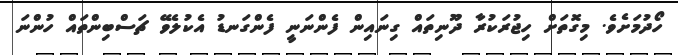
ހޯދުމަށެވެ. މިގޮތަށް ހިޖުރަކުރާ ދޫނިތައް ގިނައިން ފެންނަނީ ފެންގަނޑު އެކުލެވޭ ޗަސްބިންތައް ހުންނަ